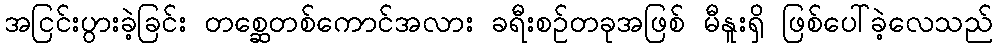
အငြင်းပွားခဲ့ခြင်း တစ္ဆေတစ်ကောင်အလား ခရီးစဉ်တခုအဖြစ် မီနူးရှိ ဖြစ်ပေါ်ခဲ့လေသည်